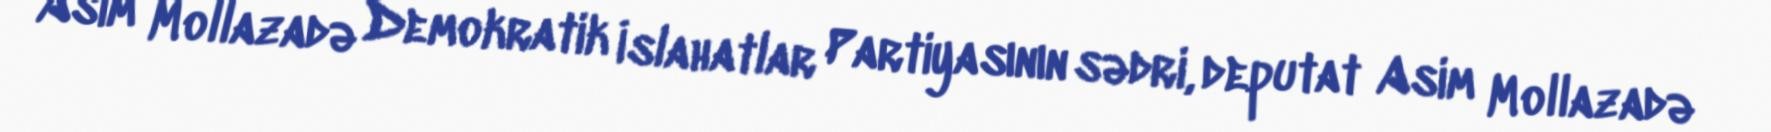
Asim Mollazadə Demokratik İslahatlar Partiyasının sədri, deputat Asim Mollazadə